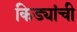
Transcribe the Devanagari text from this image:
किड्यांची